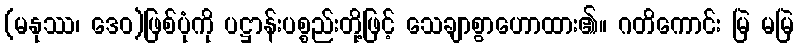
(မနုဿ၊ ဒေဝ)ဖြစ်ပုံကို ပဋ္ဌာန်းပစ္စည်းတို့ဖြင့် သေချာစွာဟောထား၏။ ဂတိကောင်း မြဲ မမြဲ